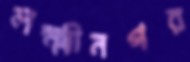
লক্ষ্মীনগর